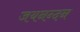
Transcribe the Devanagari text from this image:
जयनन्दन